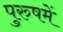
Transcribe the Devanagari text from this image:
पुरुषमें